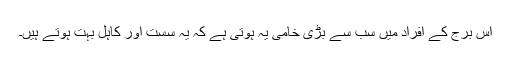
اس برج کے افراد میں سب سے بڑی خامی یہ ہوتی ہے کہ یہ سست اور کاہل بہت ہوتے ہیں۔